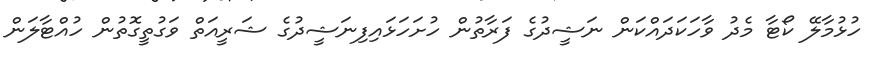
ހުޅުމާލޭ ކޯޓާ މެދު ވާހަކަދައްކަން ނަޝީދުގެ ފަރާތުން ހުށަހަޅައިފިނަޝީދުގެ ޝަރީއަތް ވަގުތީގޮތުން ހުއްޓާލަން